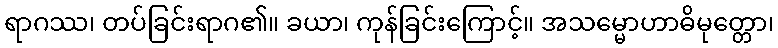
ရာဂဿ၊ တပ်ခြင်းရာဂ၏။ ခယာ၊ ကုန်ခြင်းကြောင့်။ အသမ္မောဟာဓိမုတ္တော၊